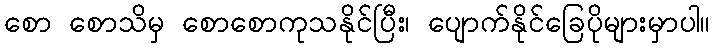
စော စောသိမှ စောစောကုသနိုင်ပြီး၊ ပျောက်နိုင်ခြေပိုများမှာပါ။